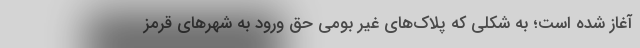
آغاز شده است؛ به شکلی که پلاک‌های غیر بومی حق ورود به شهرهای قرمز